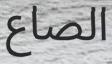
الصاع